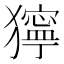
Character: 獰